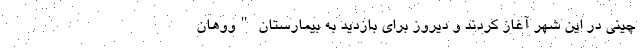
چینی در این شهر آغاز کردند و دیروز برای بازدید به بیمارستان "ووهان